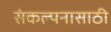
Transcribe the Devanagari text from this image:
संकल्पनासाठी